Report of the Municipal Commissioner on the plague in Bombay for the year ending 31st May... - Volume 1
Disease focus: Plague
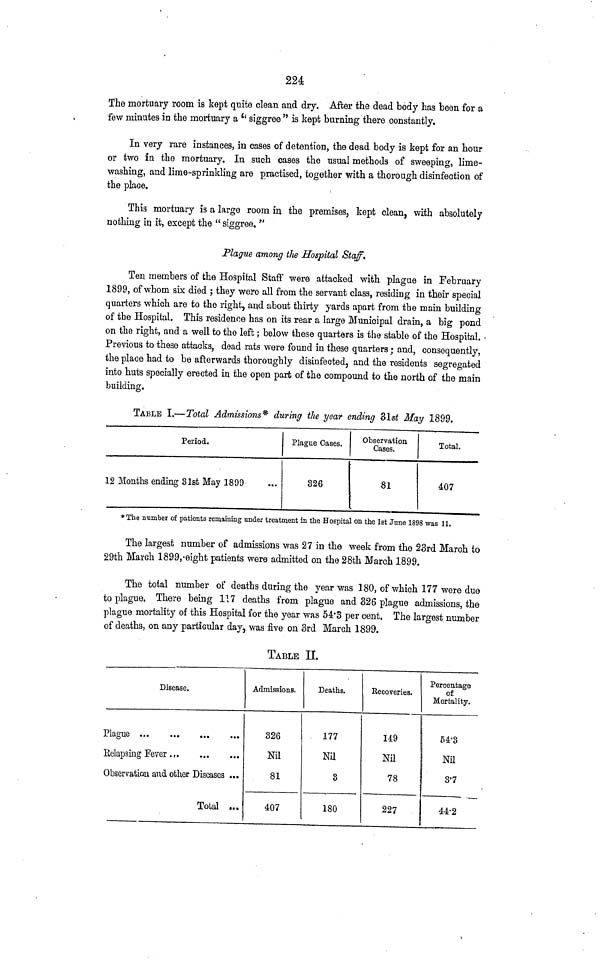
224
The mortuary room is kept quite clean and dry. After the dead body has been for a
few minutes in the mortuary a "siggree" is kept burning there constantly.
In very rare instances, in cases of detention, the dead body is kept for an hour
or two in the mortuary. In such cases the usual methods of sweeping, lime-
washing, and lime-sprinkling are practised, together with a thorough disinfection of
the place.
This mortuary is a large room in the premises, kept clean, with absolutely
nothing in it, except the "siggree."
Plague among the Hospital Staff.
Ten members of the Hospital Staff were attacked with plague in February
1899, of whom six died; they were all from the servant class, residing in their special
quarters which are to the right, and about thirty yards apart from the main building
of the Hospital. This residence has on its rear a large Municipal drain, a big pond
on the right, and a well to the left; below these quarters is the stable of the Hospital.
Previous to these attacks, dead rats were found in these quarters; and, consequently,
the place had to be afterwards thoroughly disinfected, and the residents segregated
into huts specially erected in the open part of the compound to the north of the main
building.
TABLE I.—Total Admissions* during the year ending 31st May 1899.
Period.
12 Months ending 31st May 1899
Plague Cases.
326
Observation
Cases.
81
Total.
407
The number of patients remaining under treatment in the Hospital on the 1st June 1898 was 11,
The largest number of admissions was 27 in the week from the 23rd March to
29th March 1899, eight patients were admitted on the 28th March 1899.
The total number of deaths during the year was 180, of which 177 were due-
to plague. There being 117 deaths from plague and 326 plague admissions, the
plague mortality of this Hospital for the year was 543 per cent. The largest number
of deaths, on any particular day, was five on 3rd March 1899.
TABLE II.
Disease.
Relapsing Fever
Observation and other Diseases ...
Total ...
Admissions.
326
Nil
81
407
Deaths.
177
Nil
8
180
Recoveries.
149
Nil
78
227
Percentage
of
Mortality.
54·3
Nil
3'7
44·2